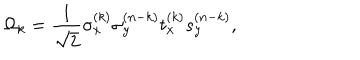
\Omega _ { k } = { \frac { 1 } { \sqrt { 2 } } } \sigma _ { x } ^ { ( k ) } \sigma _ { y } ^ { ( n - k ) } t _ { x } ^ { ( k ) } s _ { y } ^ { ( n - k ) } ,